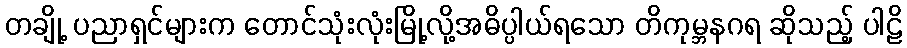
တချို့ ပညာရှင်များက တောင်သုံးလုံးမြို့လို့အဓိပ္ပါယ်ရသော တိကုမ္ဘနဂရ ဆိုသည့် ပါဠိ